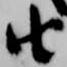
由